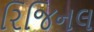
રિજિનલ